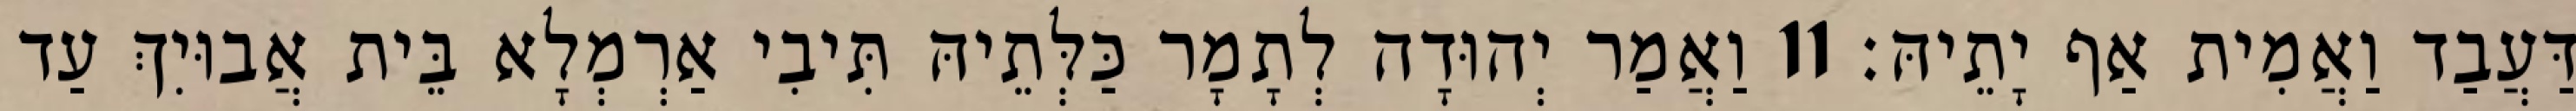
דַּעֲבַד וַאֲמִית אַף יָתֵיהּ׃ 11 וַאֲמַר יְהוּדָה לְתָמָר כַּלְּתֵיהּ תִּיבִי אַרְמְלָא בֵּית אֲבוּיִךְ עַד